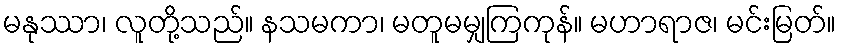
မနုဿာ၊ လူတို့သည်။ နသမကာ၊ မတူမမျှကြကုန်။ မဟာရာဇ၊ မင်းမြတ်။